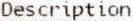
DESCRIPTION